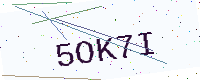
Text: 5OK7I